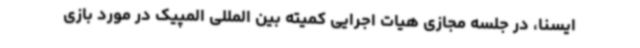
ایسنا، در جلسه مجازی هیات اجرایی کمیته بین المللی المپیک در مورد بازی